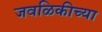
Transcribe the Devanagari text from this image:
जवळिकीच्या